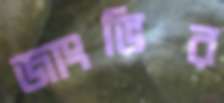
জাংভির